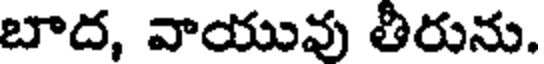
బాద, వాయువు తీరును.